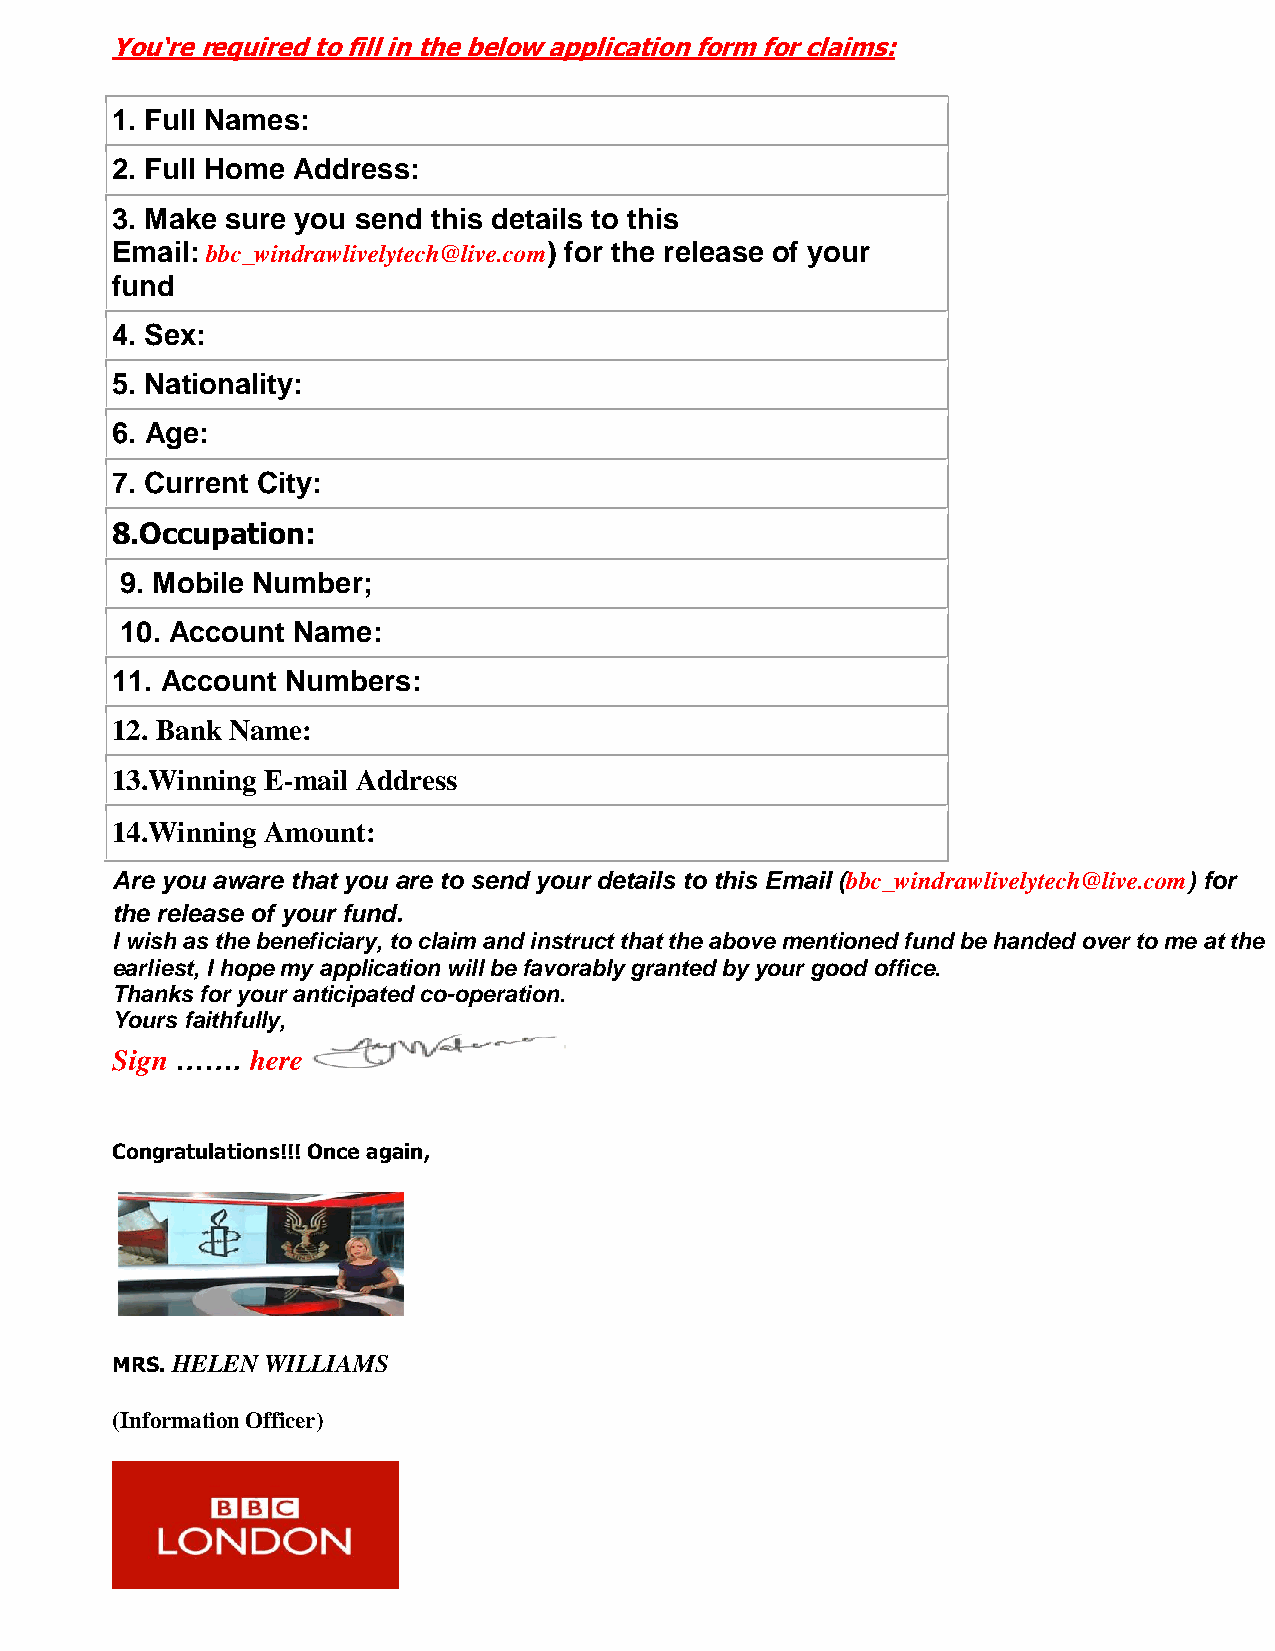
You‘re required to fill in the below application form for claims:
 1. Full Names:
 2. Full Home Address:
 3. Make sure you send this details to this
 Email: bbc_windrawlivelytech@live.com) for the release of your
 fund
 4. Sex:
 5. Nationality:
 6. Age:
 7. Current City:
 8.Occupation:
 9. Mobile Number;
 10. Account Name:
 11. Account Numbers:
 12. Bank Name:
 13.Winning E-mail Address
 14.Winning Amount:
 Are you aware that you are to send your details to this Email (bbc_windrawlivelytech@live.com) for
 the release of your fund.
 I wish as the beneficiary, to claim and instruct that the above mentioned fund be handed over to me at the
 earliest, I hope my application will be favorably granted by your good office.
 Thanks for your anticipated co-operation.
 Yours faithfully,
 Sign …….  here
 Congratulations!!! Once again,
 MRS. HELEN WILLIAMS
 (Information Officer)